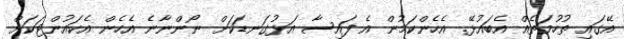
އޭގައި ތުހުމަތެއް އެބައުޅޭ. އެހެންކަމުން އެ ފައިސާ އަޅުގަނޑަކަށް ނޯންނާނެ އެހެން އެކައުންޓަކަށް